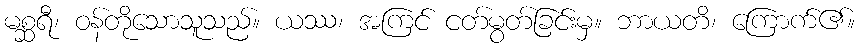
မစ္ဆရီ၊ ဝန်တိုသောသူသည်။ ယဿ၊ အကြင် ငတ်မွတ်ခြင်းမှ။ ဘာယတိ၊ ကြောက်၏။